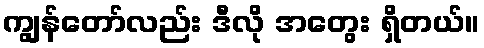
ကျွန်တော်လည်း ဒီလို အတွေး ရှိတယ်။